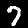
Digit: 7